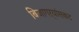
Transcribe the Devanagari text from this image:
बिजागऱ्यांसकट